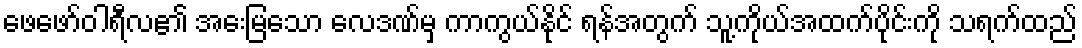
ဖေဖော်ဝါရီလ၏ အေးမြသော လေဒဏ်မှ ကာကွယ်နိုင် ရန်အတွက် သူ့ကိုယ်အထက်ပိုင်းကို သရက်ထည်